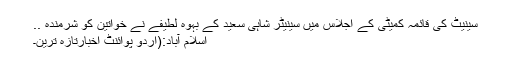
سینیٹ کی قائمہ کمیٹی کے اجلاس میں سینیٹر شاہی سعید کے بہوہ لطیفے نے خواتین کو شرمندہ ..
اسلام آباد:(اُردو پوائنٹ اخبارتازہ ترین۔